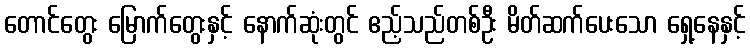
တောင်တွေး မြောက်တွေးနှင့် နောက်ဆုံးတွင် ဧည့်သည်တစ်ဦး မိတ်ဆက်ပေးသော ရှေ့နေနှင့်